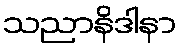
သညာနိဒါနာ